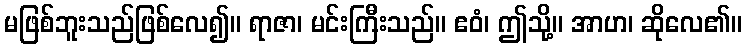
မဖြစ်ဘူးသည်ဖြစ်လေ၍။ ရာဇာ၊ မင်းကြီးသည်။ ဧဝံ၊ ဤသို့။ အာဟ၊ ဆိုလေ၏။